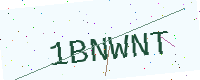
Text: 1BNWNT